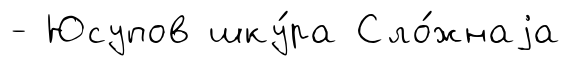
- Юсупов шку́ра Сло́жнаjа